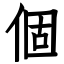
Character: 個